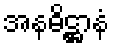
အနဓိဋ္ဌာနံ